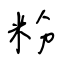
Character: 粉